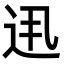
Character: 𨑽